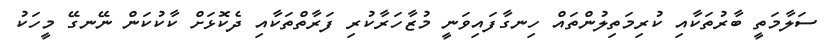
ސަލާމަތީ ބާރުތަކާއި ކުރިމަތިލުންތައް ހިނގާފައިވަނީ މުޒާހަރާކުރި ފަރާތްތަކާއި ދެކޮޅަށް ކާކުކަން ނޭނގޭ މީހަކު